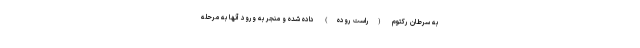
به سرطان رکتوم (راست روده) داده شده و منجر به ورود آنها به مرحله